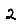
Digit: 2